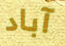
آباد